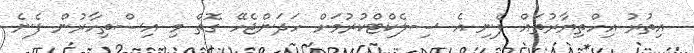
އިތުރު އިހްތިޔާރުތައް ފެނި އެ ސިލެކްޓްކުރުމަށް ހަދަންޖެހޭ ގޮތް މި އިސްތިހާރުން ފެނެ